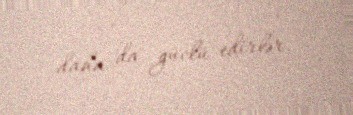
daha da güclü edirlər.